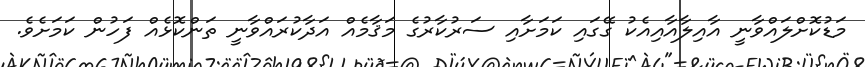
މަޑުކޮށްލައްވާނީ އާއިލާއާއިއެކު ގޭގައި ކަމަށާއި ސަރުކާރުގެ މަޤާމެއް އަދާކުރައްވާނީ ތަންކޮޅެއް ފަހުން ކަމަށެވެ.